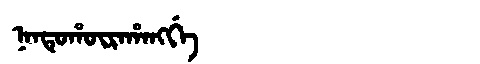
Manchu: ᠨᠠᠨᡨᡠᡥᡡᡵᠠᡥᠠᠩᡤᡝ
Romanization: NANTUHŪRAHANGGE